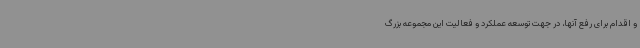
و اقدام برای رفع آنها، در جهت توسعه عملکرد و فعالیت این مجموعه بزرگ